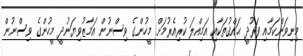
މިނިވަންކަމާއި ފަރުދީ ޙައްޤުތަކާއި އަމިއްލަ ކުރިއެރުމަށް މީހުންގެ ވިސްނުން އަމާޒުވިޔަނުދީ މީހުންގެ ވިސްނުން